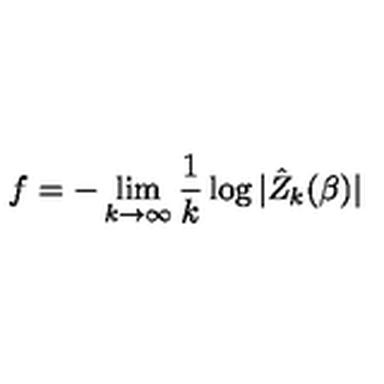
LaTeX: f = - \lim _ { k \rightarrow \infty } \frac { 1 } { k } \log | \hat { Z } _ { k } ( \beta ) |